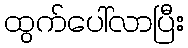
ထွက်ပေါ်လာပြီး